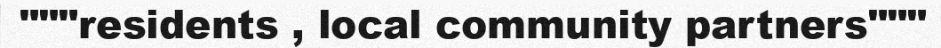
"""residents , local community partners"""